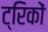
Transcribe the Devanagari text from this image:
ट्रिकों